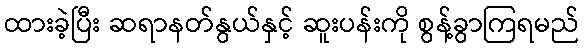
ထားခဲ့ပြီး ဆရာနတ်နွယ်နှင့် ဆူးပန်းကို စွန့်ခွာကြရမည်